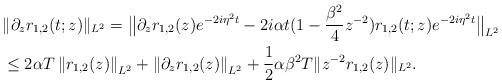
LaTeX: \begin{align*}& \|\partial_{z} r_{1,2}(t;z) \|_{L^2} = \big\| \partial_{z} r_{1,2}( z)e^{-2i\eta^2 t} - 2i\alpha t (1 -\frac{\beta^2}{4}z^{-2}) r_{1,2}(t;z) e^{-2i\eta^2 t}\big\|_{L^2} \\&\leq 2\alpha T \left\| r_{1,2}( z)\right\|_{L^2}+\left\|\partial_{z} r_{1,2}( z)\right\|_{L^2} + \frac{1}{2} \alpha\beta^2 T \| z^{-2} r_{1,2}( z) \|_{L^2}.\end{align*}